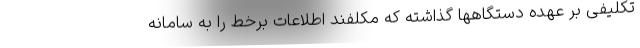
تکلیفی بر عهده دستگاهها گذاشته که مکلفند اطلاعات برخط را به سامانه